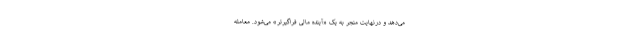
می‌دهد و درنهایت منجر به یک «آینده مالی فراگیر‌تر» می‌شود. معامله